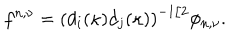
LaTeX: f ^ { n , \nu } = \left( d _ { i } ( \kappa ) d _ { j } ( \kappa ) \right) ^ { - 1 / 2 } \phi _ { n , \nu } .